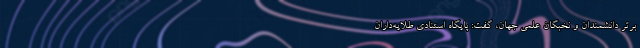
برتر دانشمندان و نخبگان علمی جهان، گفت: پایگاه استنادی طلایه‌داران